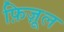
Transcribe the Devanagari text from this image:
फ़िज़ूल